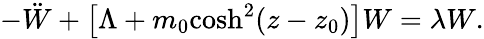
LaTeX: -\ddot{W}+\left[\Lambda+m_{0}\textrm{cosh}^{2}(z-z_{0})\right]W=\lambda W.